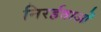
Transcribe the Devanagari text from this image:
निरर्हताओं